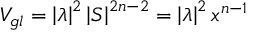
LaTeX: V _ { g l } = \left| \lambda \right| ^ { 2 } \left| S \right| ^ { 2 n - 2 } = \left| \lambda \right| ^ { 2 } x ^ { n - 1 }